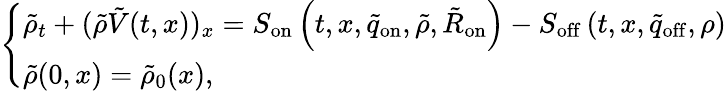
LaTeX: \begin{array}{r}{\left\{ \begin{array}{lcc}{\tilde{\rho}_{t}+(\tilde{\rho}\tilde{V}(t,x))_{x}={S}_{\mathrm{on}}\left(t,x,\tilde{q}_{\mathrm{on}},\tilde{\rho},\tilde{R}_{\mathrm{on}}\right)-S_{\mathrm{off}}\left(t,x,\tilde{q}_{\mathrm{off}},\rho\right)}\\ {\tilde{\rho}(0,x)=\tilde{\rho}_{0}(x),}\end{array}\right.}\end{array}